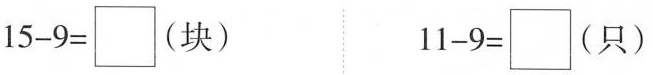
$$1 5 - 9 = \Box ( 块 )$$ $$1 1 - 9 = \Box ( 只 )$$